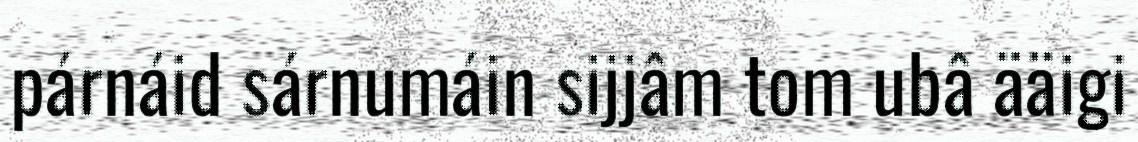
párnáid sárnumáin sijjâm tom ubâ ääigi